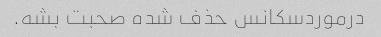
درموردسکانس حذف شده صحبت بشه.